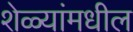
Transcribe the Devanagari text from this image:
शेळ्यांमधील